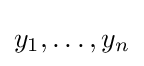
y_{1},\dots ,y_{n}